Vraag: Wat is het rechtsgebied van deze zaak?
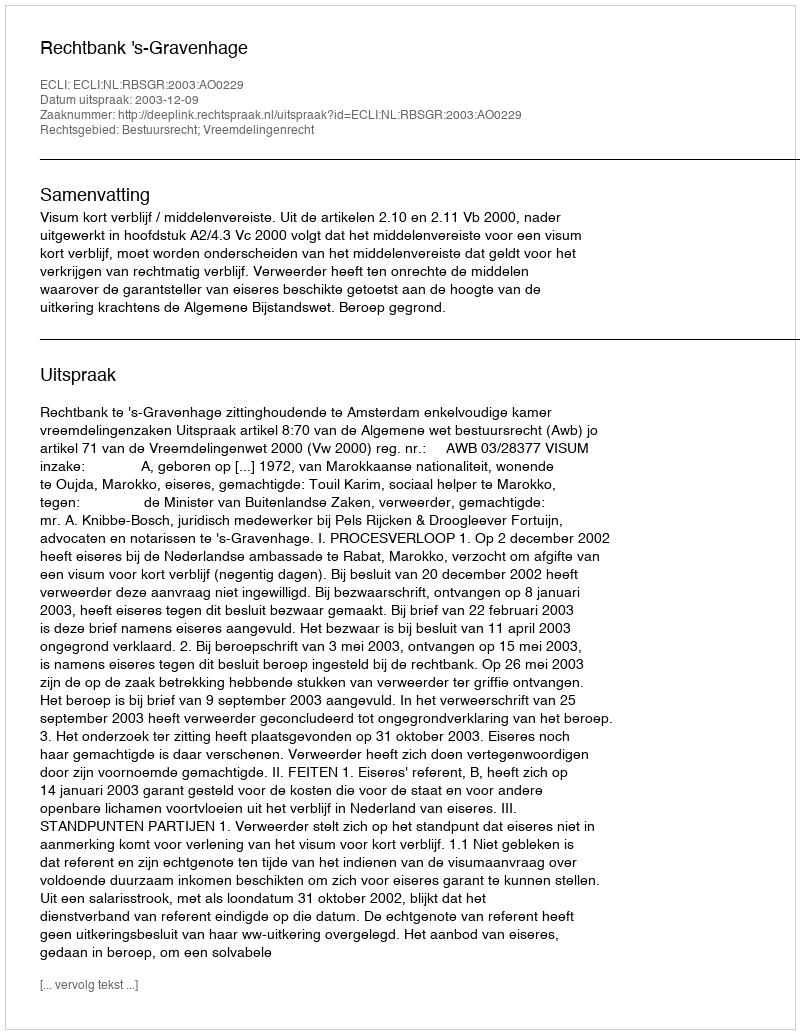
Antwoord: Bestuursrecht; Vreemdelingenrecht